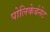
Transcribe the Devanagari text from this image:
पोलिकेर्बनेट